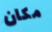
مكان